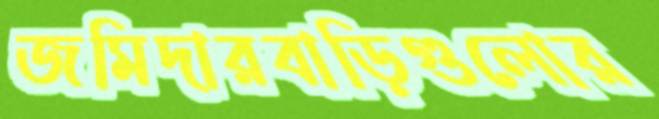
জমিদারবাড়িগুলোর